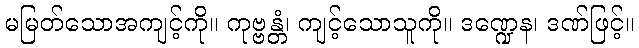
မမြတ်သောအကျင့်ကို။ ကုဗ္ဗန္တံ၊ ကျင့်သောသူကို။ ဒဏ္ဍေန၊ ဒဏ်ဖြင့်။